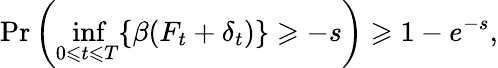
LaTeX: \operatorname*{Pr}\left(\operatorname*{inf}_{0\leqslant t\leqslant T}\{ \beta(F_{t}+\delta_{t})\} \geqslant-s\right)\geqslant 1-e^{-s},